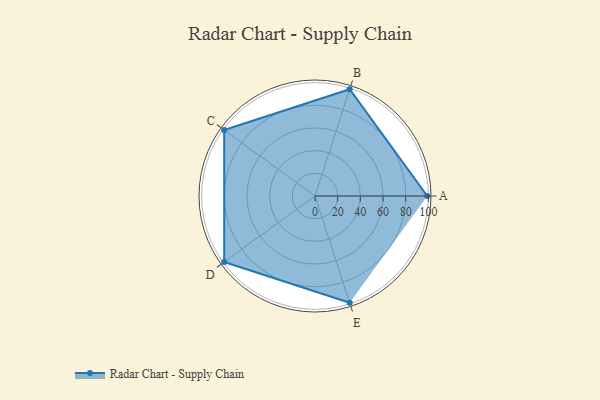
{"axis": {"x": "Skill", "y": "Score"}, "legend": ["Profile"], "data": [{"x": "A", "y": 99, "type": "Profile"}, {"x": "B", "y": 99, "type": "Profile"}, {"x": "C", "y": 99, "type": "Profile"}, {"x": "D", "y": 99, "type": "Profile"}, {"x": "E", "y": 99, "type": "Profile"}]}